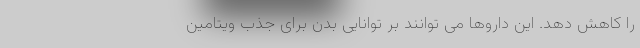
را کاهش دهد. این داروها می توانند بر توانایی بدن برای جذب ویتامین